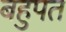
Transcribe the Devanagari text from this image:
बहुपत